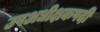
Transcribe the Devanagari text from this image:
उपअधीक्षकपदी